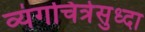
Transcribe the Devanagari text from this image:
व्यंगचित्रेसुध्दा